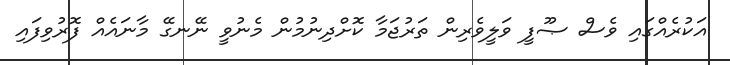
އަކުރެއްގައި ވެސް ޞޫފީ ވަލީވެރިން ތަރުޖަމާ ކޮށްދިނުމުން މެނުވީ ނޭނގޭ މާނައެއް ފޮރުވިފައި